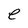
Character: e